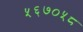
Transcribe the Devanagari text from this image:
५६७०५८